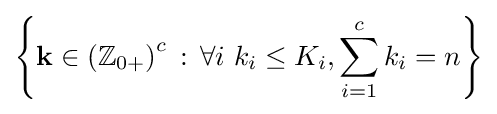
\left\{\mathbf {k} \in \left(\mathbb {Z} _{0+}\right)^{c}\,:\,\forall i\ k_{i}\leq K_{i},\sum _{i=1}^{c}k_{i}=n\right\}